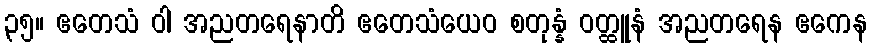
၃၅။ ဧတေသံ ဝါ အညတရေနာတိ ဧတေသံယေဝ စတုန္နံ ဝတ္ထူနံ အညတရေန ဧကေန